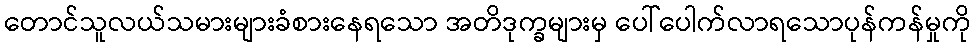
တောင်သူလယ်သမားများခံစားနေရသော အတိဒုက္ခများမှ ပေါ်ပေါက်လာရသောပုန်ကန်မှုကို